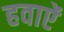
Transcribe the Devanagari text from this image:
हवाऐं